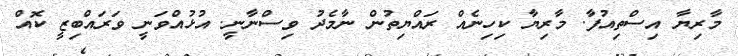
މާރިޔާ އިސްތިއުފާ. މާރިޔާ ކިހިނެއް ރައްޔިތުން ނާމެދު ވިސްނާނީ. އުޅުއްވަނީ ވަރައްބިޒީ ކޮއް